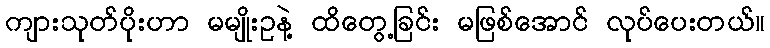
ကျားသုတ်ပိုးဟာ မမျိုးဥနဲ့ ထိတွေ့ခြင်း မဖြစ်အောင် လုပ်ပေးတယ်။